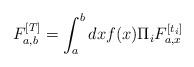
LaTeX: \begin{align*}F^{[T]}_{a,b}=\int_a^b dx f(x) \Pi_iF^{[t_i]}_{a,x}\end{align*}